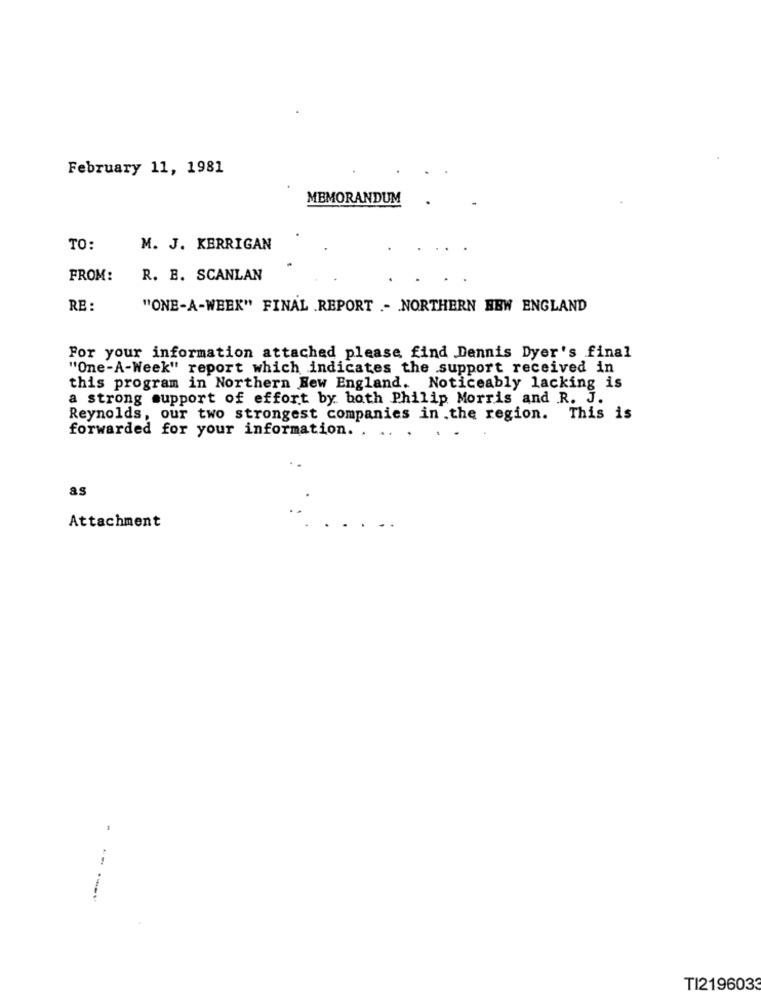
February 11, 1981
MEMORANDUM
TO:
M. J. KERRIGAN
FROM:
R. B. SCANLAN
RE :
"ONE-A-WEEK" FINAL .REPORT .- NORTHERN NEW ENGLAND
For your information attached please find Dennis Dyer's final
"One-A-Week" report which indicates the support received in
this program in Northern New England. Noticeably lacking is
a strong support of effort by both Philip Morris and R. J.
Reynolds, our two strongest companies in .the region. This is
forwarded for your information. . ..
as
Attachment
TI2196033